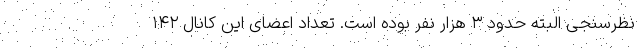
نظرسنجی البته حدود ۳ هزار نفر بوده است. تعداد اعضای این کانال ۱۴۲